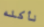
نأكله